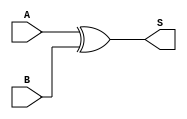
module xor_gate (
    input wire A,
    input wire B,
    output wire S
);
    assign S = A ^ B; // Sum output using XOR operation
endmodule